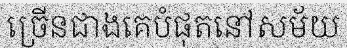
ច្រើនជាងគេបំផុតនៅសម័យ